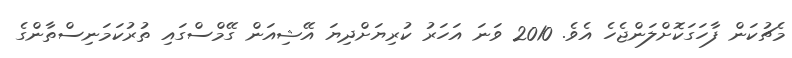
މެޗުކަން ފާހަގަކޮށްލަންޖެހެ އެވެ. 2010 ވަނަ އަހަރު ކުރިޔަށްދިޔަ އޭޝިއަން ގޭމްސްގައި ތުރުކަމަނިސްތާންގެ